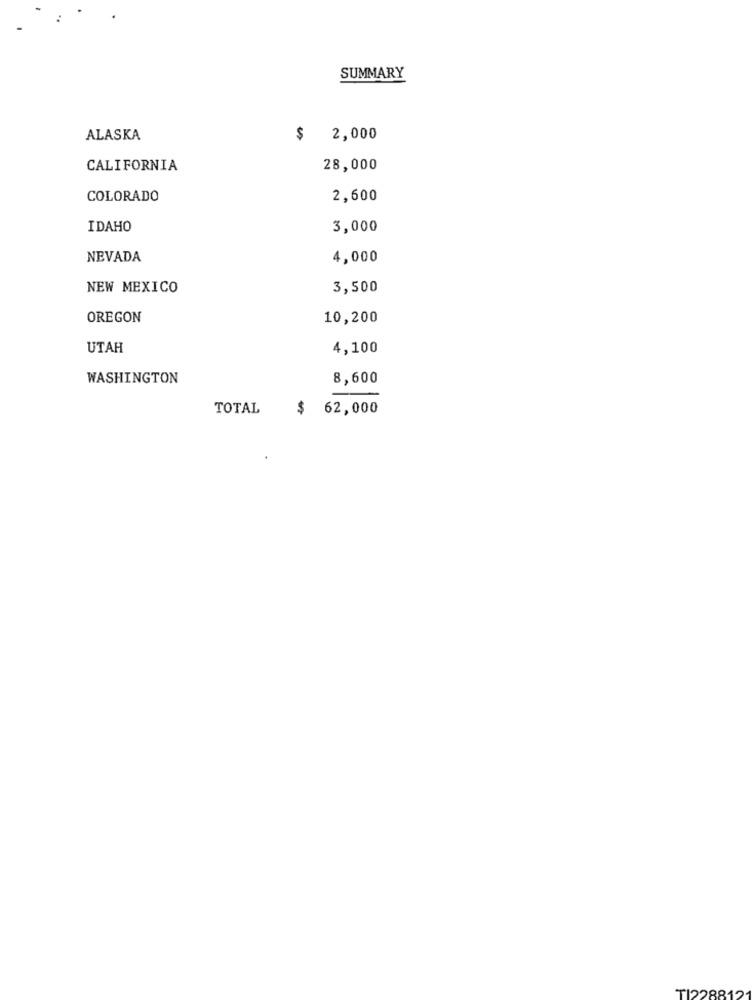
SUMMARY
ALASKA
2,000
CALIFORNIA
28,000
COLORADO
2,600
IDAHO
3,000
NEVADA
4,000
NEW MEXICO
3,500
OREGON
10,200
UTAH
4,100
WASHINGTON
8,600
TOTAL
$ 62,000
TI22881